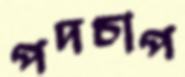
পদচাপ